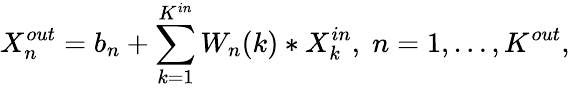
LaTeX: X_{n}^{out}=b_{n}+\sum_{k=1}^{K^{in}}W_{n}(k)*X_{k}^{in},\; n=1,\dots,K^{out},